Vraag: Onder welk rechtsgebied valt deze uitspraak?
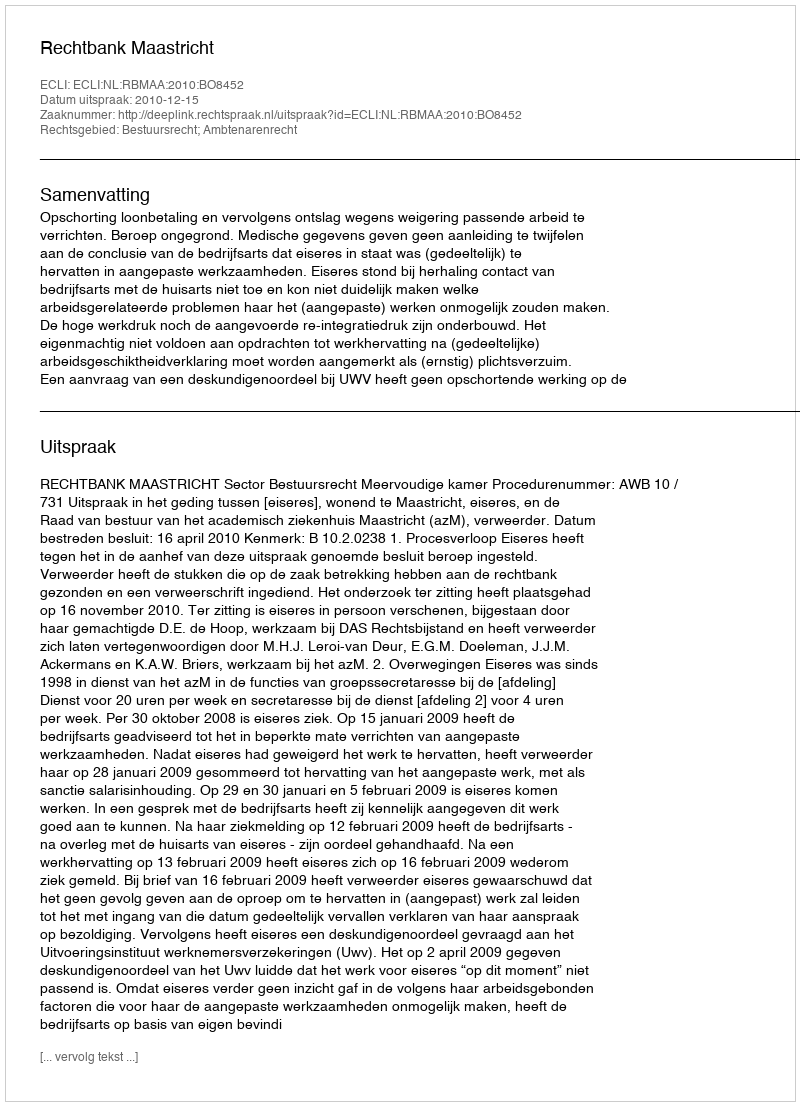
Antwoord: Bestuursrecht; Ambtenarenrecht